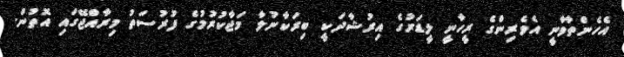
އެހެންތާވާނީ އެވެރިންގެ ރީހާނީ ލީޑަރުގެ އިރުޝާދަކީ ބިރަކާނުލާ މަޖާކުރުމުގެ ފުރުސަތު މިރާއްޖޭގައި އޮތުން.